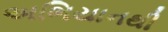
અભિયાનથી